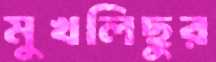
মুখলিছুর